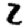
Digit: 2